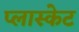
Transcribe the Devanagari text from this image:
प्लास्केट